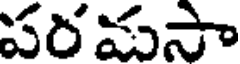
పరమసా